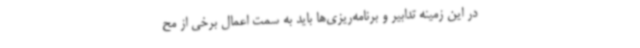
در این زمینه تدابیر و برنامه‌ریزی‌ها باید به سمت اعمال برخی از مح